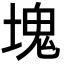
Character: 塊